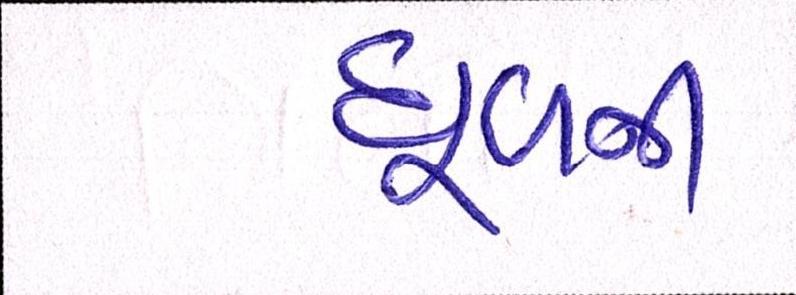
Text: ધૂળની